Annual returns of the Patna Lunatic Asylum at Bankipore in Bihar and Orissa - 1912-1924
Year: 1912
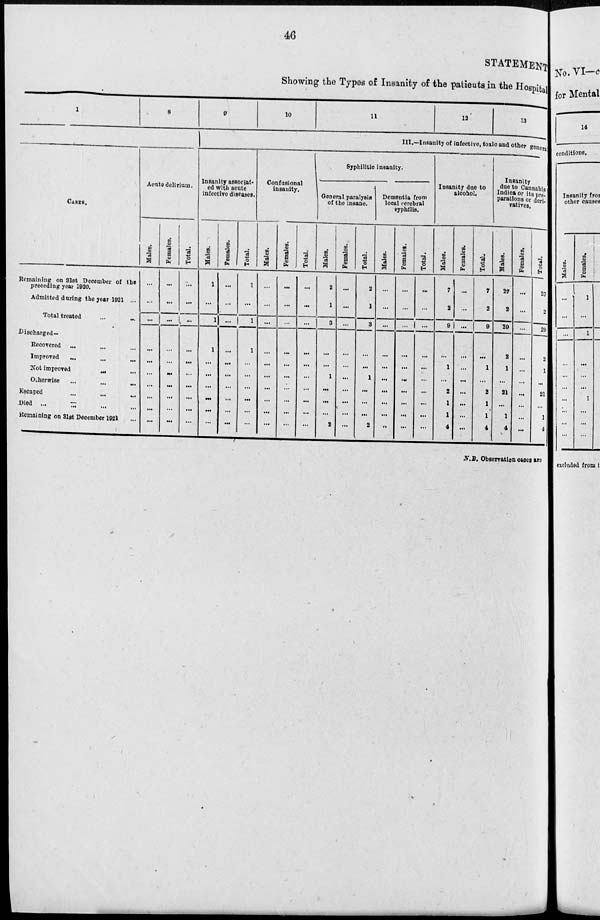
46
STATEMENT
Showing the Types of Insanity of the patients in the Hospital
1
8
CASES.
Remaining on 31st December of the
preceding year 1920.
Admitted during the year 1921 ...
Total treated ... ...
Discharged—
Recovered ... ... ...
Improved
...
...
...
Not improved
...
...
Otherwise
...
...
...
Escaped
...
...
...
Died ... ... ... ...
Remaining on 31st December 1921 ...
Acute delirium.
Males.
...
...
...
...
...
...
...
...
...
...
Females.
...
...
...
...
...
...
...
...
...
...
Total.
...
...
...
...
...
...
...
...
...
...
9
10
11
12
13
III.—Insanity of infective, toxic and other genera
Insanity associat-
ed with acute
infective diseases.
Males.
1
...
1
1
...
...
...
...
...
...
Females.
...
...
...
...
...
...
...
...
...
...
Total.
1
...
1
1
...
...
...
...
...
...
Confusional
insanity.
Males.
...
...
...
...
...
...
...
...
...
...
Females.
...
...
...
...
...
...
...
...
...
...
Total.
...
...
...
...
...
...
...
...
...
...
Syphilitic insanity.
General paralysis
of the insane.
Males.
2
1
3
...
...
1
...
...
...
2
Females.
...
...
...
...
...
...
...
...
...
...
Total.
2
1
3
...
...
1
...
...
...
2
Dementia from
local cerebral
syphilis.
Males.
...
...
...
...
...
...
...
...
...
...
Females.
...
...
...
...
...
...
...
...
...
...
Total.
...
...
...
...
...
...
...
...
...
...
Insanity due to
alcohol.
Males.
7
2
9
...
1
...
2
1
1
4
Females.
...
...
...
...
...
...
...
...
...
...
Total.
7
2
9
...
1
...
2
1
1
4
Insanity
due to Cannabis
Indica or its pre-
parations or deri-
vatives.
Males.
27
2
29
2
1
...
21
...
1
4
Females.
...
...
...
...
...
...
...
...
...
...
Total.
27
2
29
2
1
...
21
...
1
4
N.B. Observation cases are